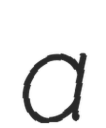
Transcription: a